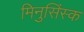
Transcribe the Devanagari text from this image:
मिनुसिंस्क